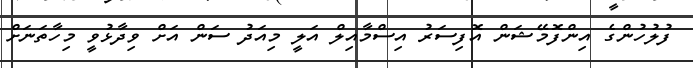
ފުލުހުންގެ އިންފޮމޭޝަން އޮފިސަރު އިސްމާއިލް އަލީ މިއަދު ސަން އަށް ވިދާޅުވީ މިހާތަނަށް